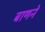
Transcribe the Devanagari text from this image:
बाणने